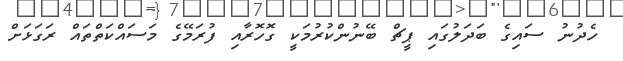
ހެދުނު ސައިގެ ބަދަލުގައި ޕީޗް ބޭނުންކުރުމަކީ ގޮހޮރާއި ފުރަމޭގެ މަސައްކަތްތައް ރަގަޅަށް